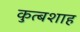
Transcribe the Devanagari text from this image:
कुत्बशाह